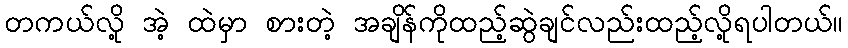
တကယ်လို့ အဲ့ ထဲမှာ စားတဲ့ အချိန်ကိုထည့်ဆွဲချင်လည်းထည့်လို့ရပါတယ်။